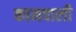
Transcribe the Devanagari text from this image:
कामवाली